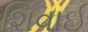
શિવાઈ